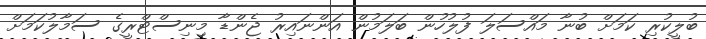
ބުލީކުރި ކަމަށް ބުނާ މައްސަލަ ފުލުހުން ބަލަމުން އަންނައިރު ޖެންޑާ މިނިސްޓްރީގެ ސަމާލުކަމަށް